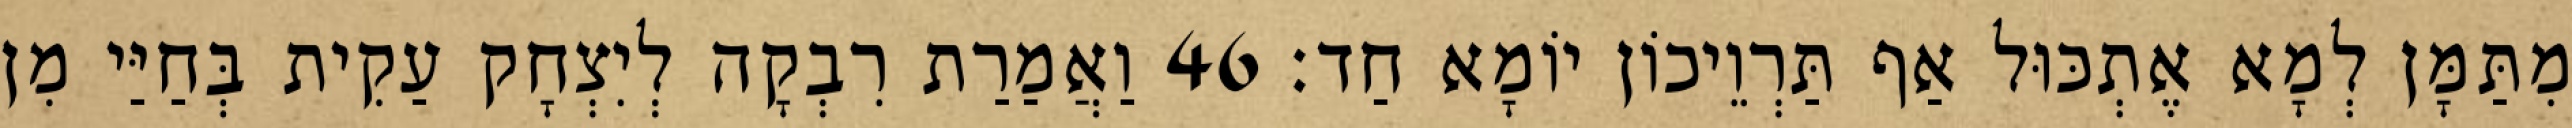
מִתַּמָּן לְמָא אֶתְכּוּל אַף תַּרְוֵיכוֹן יוֹמָא חַד׃ 46 וַאֲמַרַת רִבְקָה לְיִצְחָק עַקִית בְּחַיַּי מִן